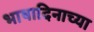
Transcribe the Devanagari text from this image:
भाषादिनाच्या